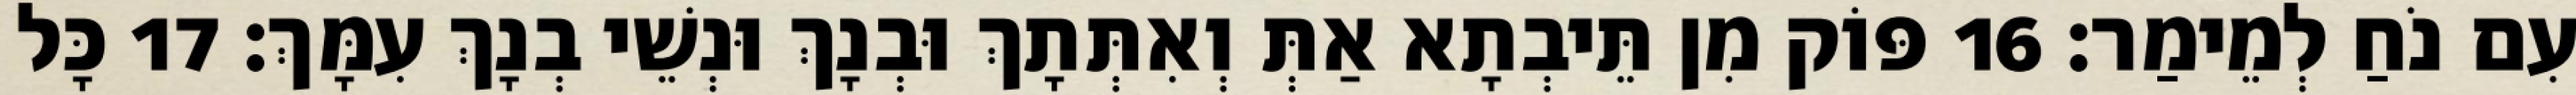
עִם נֹחַ לְמֵימַר׃ 16 פּוֹק מִן תֵּיבְתָא אַתְּ וְאִתְּתָךְ וּבְנָךְ וּנְשֵׁי בְנָךְ עִמָּךְ׃ 17 כָּל